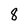
Character: 8